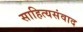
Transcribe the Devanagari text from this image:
साहित्यसंवाद